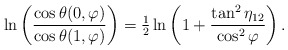
\begin{align*}\ln\left(\frac{\cos\theta(0,\varphi)}{\cos\theta(1,\varphi)}\right)= {\textstyle{1\over2}} \ln\left( 1 + \frac{\tan^2\eta_{12}}{\cos^2\varphi}\right) .\end{align*}